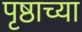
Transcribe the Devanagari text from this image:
पृष्ठाच्या